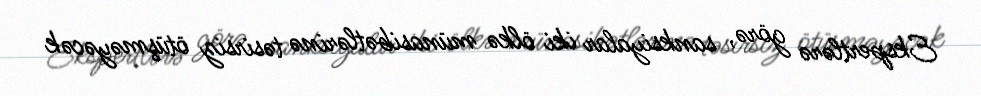
Ekspertlərə görə, sanksiyalar iki ölkə münasibətlərinə təsirsiz ötüşməyəcək